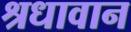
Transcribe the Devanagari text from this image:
श्रधावान